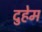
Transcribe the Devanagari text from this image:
दुहेम